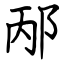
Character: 邴